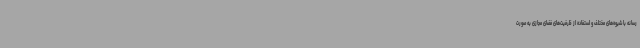
رسانه با شیوه‌های مختلف و استفاده از ظرفیت‌های فضای مجازی به صورت